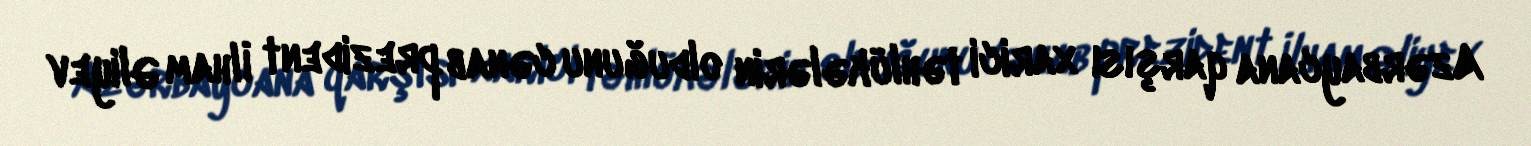
Azərbaycana qarşısı xarici təhlükələrin olduğunu cənab prezident İlham Əliyev